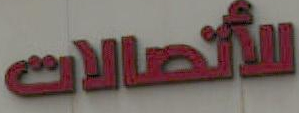
للأتصالات